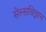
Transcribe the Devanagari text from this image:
सेल्सविज्ञान